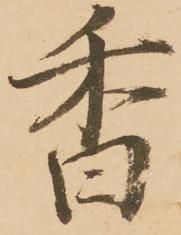
香